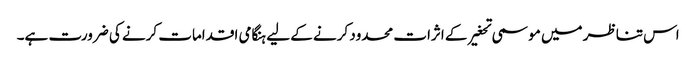
اس تناظر میں موسمی تحغیر کے اثرات محدود کرنے کے لیے ہنگامی اقدامات کرنے کی ضرورت ہے۔